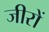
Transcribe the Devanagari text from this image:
जीरों